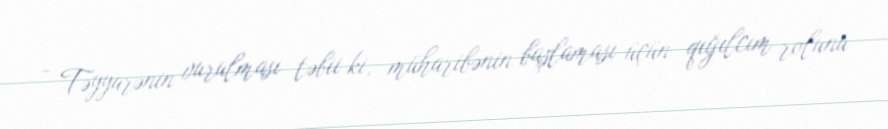
- Təyyarənin vurulması təbii ki, müharibənin başlaması üçün qığılcım rolunu